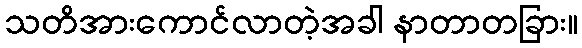
သတိအားကောင်လာတဲ့အခါ နာတာတခြား။